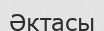
Әктасы